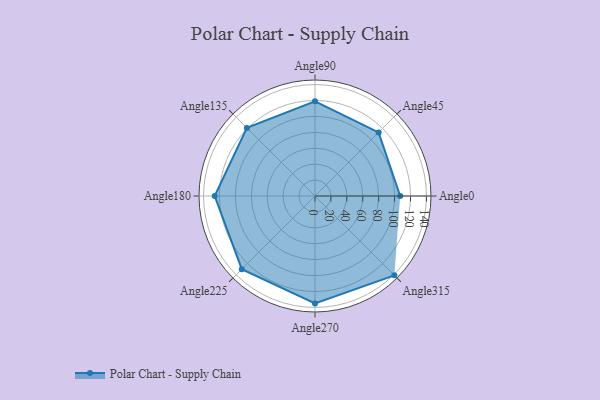
{"axis": {"x": "Angle", "y": "Radius"}, "legend": [""], "data": [{"x": "Angle0", "y": 107.0, "type": ""}, {"x": "Angle45", "y": 113.0, "type": ""}, {"x": "Angle90", "y": 119.0, "type": ""}, {"x": "Angle135", "y": 121.0, "type": ""}, {"x": "Angle180", "y": 126.0, "type": ""}, {"x": "Angle225", "y": 130.0, "type": ""}, {"x": "Angle270", "y": 135.0, "type": ""}, {"x": "Angle315", "y": 141.0, "type": ""}]}